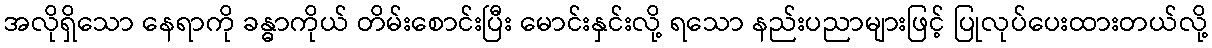
အလိုရှိသော နေရာကို ခန္ဓာကိုယ် တိမ်းစောင်းပြီး မောင်းနှင်းလို့ ရသော နည်းပညာများဖြင့် ပြုလုပ်ပေးထားတယ်လို့